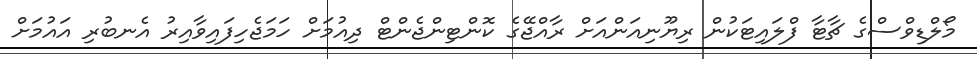
މޯލްޑިވްސްގެ ޗާޓާ ފްލައިޓަކުން ރިޔޫނިއަންއަށް ރާއްޖޭގެ ކޮންޓިންޖެންޓް ދިއުމަށް ހަމަޖެހިފައިވާއިރު އެނބުރި އައުމަށް